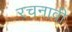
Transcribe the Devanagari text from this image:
रचनावी